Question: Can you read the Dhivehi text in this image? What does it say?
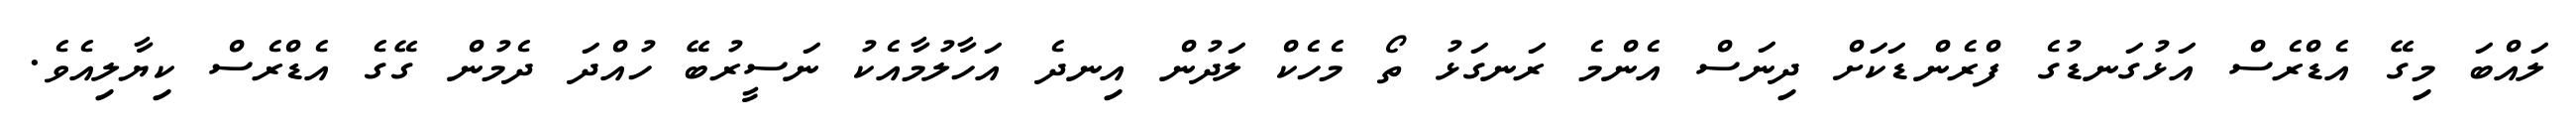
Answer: ލައްބަ މިގޭ އެޑްރެސް އަޅުގަނޑުގެ ފްރެންޑަކަށް ދިނަސް އެންމެ ރަނގަޅު ތޯ މެހެކް ލަދުން އިނދެ އަހާލުމާއެކު ނަސީރުބޭ ހުއްދަ ދެމުން ގޭގެ އެޑްރެސް ކިޔާލިއެވެ.